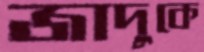
জাদুকে